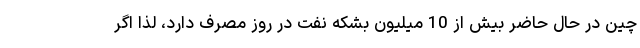
چین در حال حاضر بیش از 10 میلیون بشکه نفت در روز مصرف دارد، لذا اگر